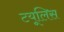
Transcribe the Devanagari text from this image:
टयूलिस